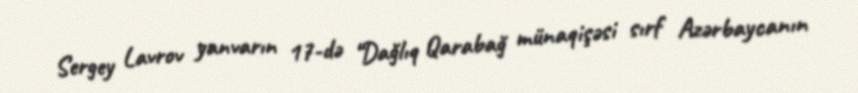
Sergey Lavrov yanvarın 17-də “Dağlıq Qarabağ münaqişəsi sırf Azərbaycanın